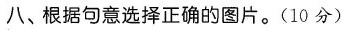
八、根据句意选择正确的图片。（10分）